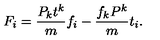
F _ { i } = { \frac { P _ { k } t ^ { k } } { m } } f _ { i } - { \frac { f _ { k } P ^ { k } } { m } } t _ { i } .